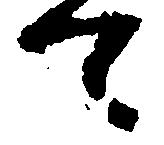
て